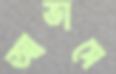
আভাসে